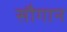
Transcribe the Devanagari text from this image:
सौगान